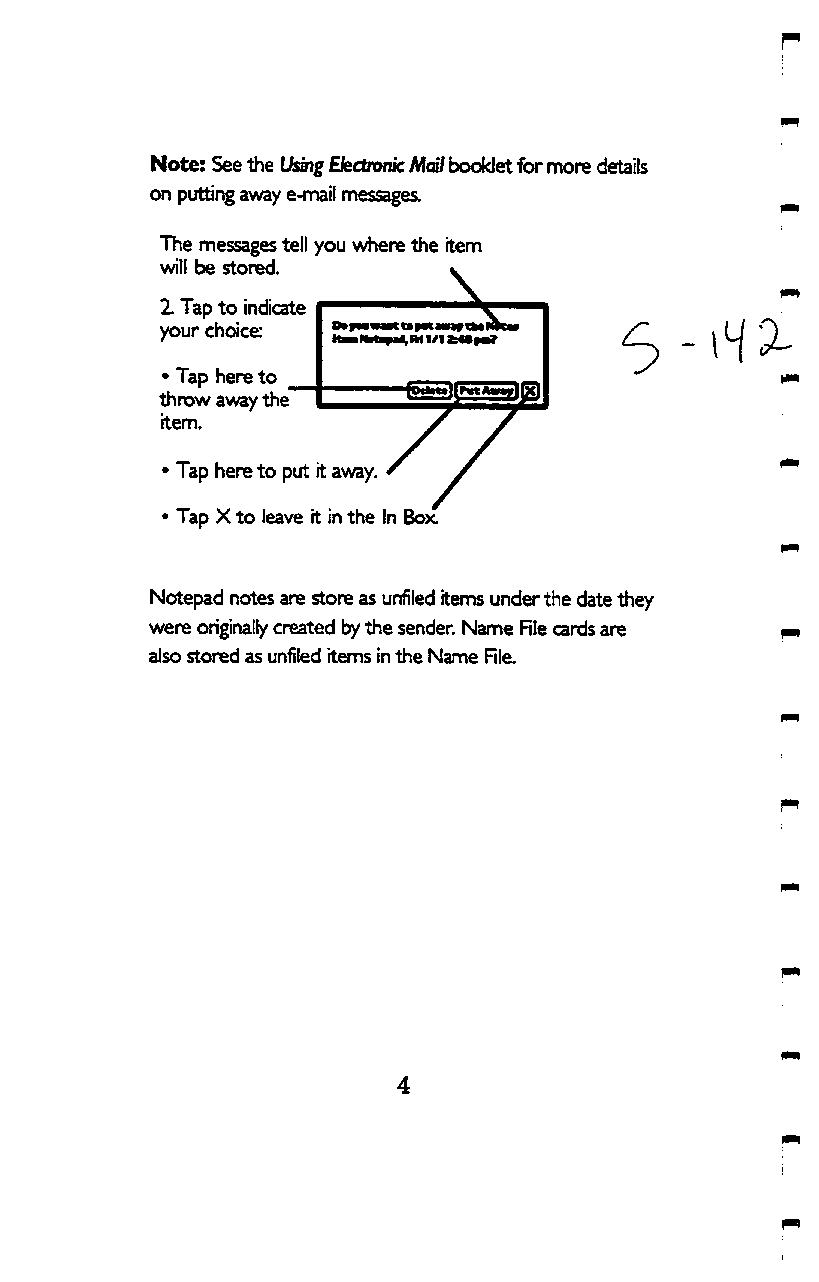
Note: See the Lbm^ Ekctronk Maii booklet for more details
 on putting away e-nrtail messages.
 The messages tell you where the item
 will  be   stored.  v
 2 Tap to indicate
 your choice;
 lt*NeeiH< w 1/1
 • Tap here to
 throw away the
 item.
 • Tap here to put it away. ^
 • Tap X to leave it in the In Bok
 Notepad notes are store as unfiled items under the date they
 were originally created by the sender. Name Rle cards are
 also stored as unfiled items in the Name File.
 4